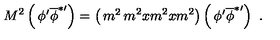
M ^ { 2 } \left( \begin{matrix} { \phi ^ { \prime } } \\ { { \overline { { \phi } } } ^ { * \prime } } \\ \end{matrix} \right) = \left( \begin{matrix} { m ^ { 2 } } & { m ^ { 2 } x } \\ { m ^ { 2 } x } & { m ^ { 2 } } \\ \end{matrix} \right) \left( \begin{matrix} { \phi ^ { \prime } } \\ { { \overline { { \phi } } } ^ { * \prime } } \\ \end{matrix} \right) \ .